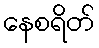
နေစရိတ်